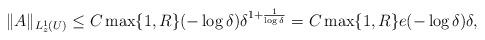
LaTeX: \begin{align*} \|A\|_{L^1_z(U)} \le C\max\{1,R\}(- \log \delta) \delta^{1 + \frac{1}{\log \delta}} = C\max\{1,R\} e (- \log \delta) \delta, \end{align*}